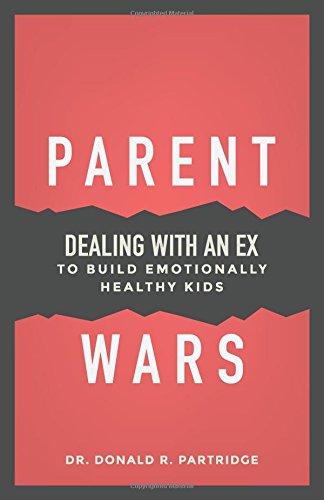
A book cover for Parent Wars: Dealing with an Ex to Build Emotionally Healthy Kids; Donald Dr Partridge; Parenting & Relationships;